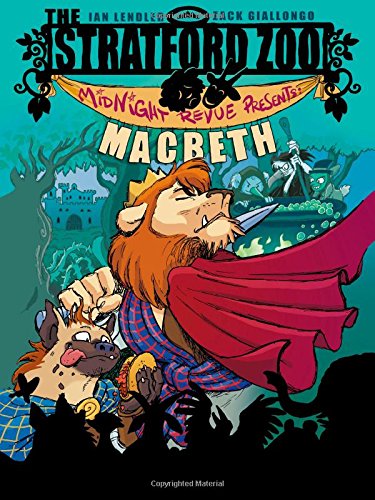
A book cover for The Stratford Zoo Midnight Revue Presents Macbeth; Ian Lendler; Children's Books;